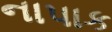
નાપાક